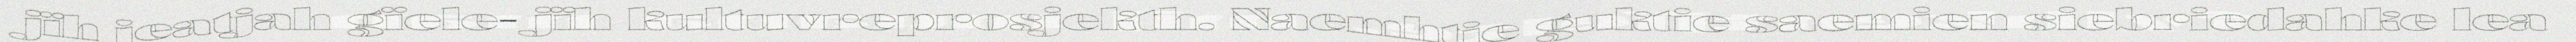
jïh jeatjah gïele- jïh kultuvreprosjekth. Naemhtie guktie saemien siebriedahke lea